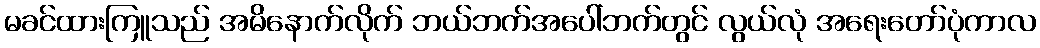
မခင်ထားကြူသည် အမိနောက်လိုက် ဘယ်ဘက်အပေါ်ဘက်တွင် လွယ်လုံ အရေးတော်ပုံကာလ